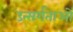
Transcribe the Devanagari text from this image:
उत्सर्गताओं